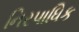
નિરપાધિક